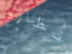
نطارد